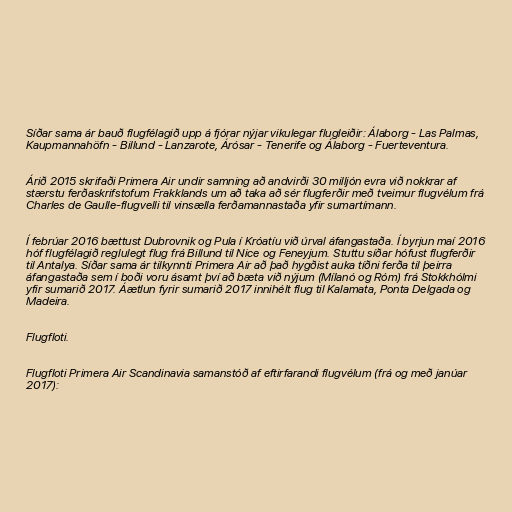
Síðar sama ár bauð flugfélagið upp á fjórar nýjar vikulegar flugleiðir: Álaborg - Las Palmas,
Kaupmannahöfn - Billund - Lanzarote, Árósar - Tenerife og Álaborg - Fuerteventura.

Árið 2015 skrifaði Primera Air undir samning að andvirði 30 milljón evra við nokkrar af
stærstu ferðaskrifstofum Frakklands um að taka að sér flugferðir með tveimur flugvélum frá
Charles de Gaulle-flugvelli til vinsælla ferðamannastaða yfir sumartímann.

Í febrúar 2016 bættust Dubrovnik og Pula í Króatíu við úrval áfangastaða. Í byrjun maí 2016
hóf flugfélagið reglulegt flug frá Billund til Nice og Feneyjum. Stuttu síðar hófust flugferðir
til Antalya. Síðar sama ár tilkynnti Primera Air að það hygðist auka tíðni ferða til þeirra
áfangastaða sem í boði voru ásamt því að bæta við nýjum (Mílanó og Róm) frá Stokkhólmi
yfir sumarið 2017. Áætlun fyrir sumarið 2017 innihélt flug til Kalamata, Ponta Delgada og
Madeira.

Flugfloti.

Flugfloti Primera Air Scandinavia samanstóð af eftirfarandi flugvélum (frá og með janúar
2017):